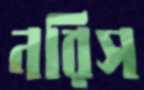
নরিস